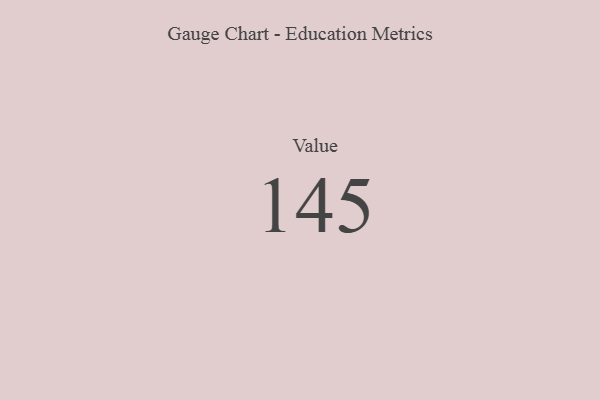
{"axis": {"x": "Metric", "y": "Value"}, "legend": [""], "data": [{"x": "Value", "y": 145, "type": ""}]}